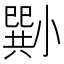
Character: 𡮭